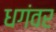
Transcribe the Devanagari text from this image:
धगंवर